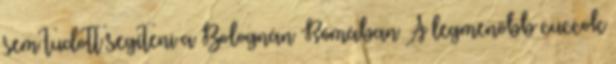
sem tudott segíteni a Bolognán Rómában A legmenőbb cuccok